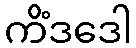
ကိံဒဒေါ